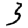
Digit: 3